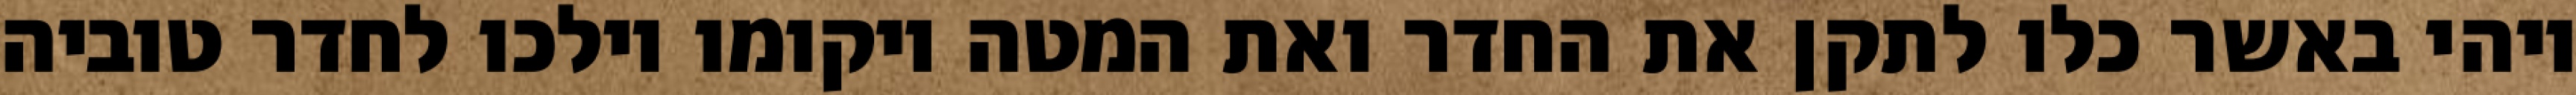
ויהי באשר כלו לתקן את החדר ואת המטה ויקומו וילכו לחדר טוביה